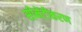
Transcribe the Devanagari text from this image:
सीमेंटीकरण